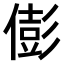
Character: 𠎎